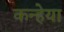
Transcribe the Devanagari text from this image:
कन्हेया